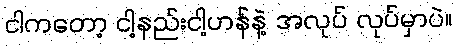
ငါကတော့ ငါ့နည်းငါ့ဟန်နဲ့ အလုပ် လုပ်မှာပဲ။